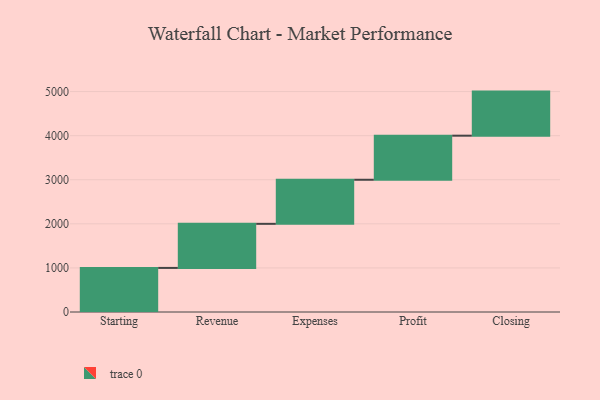
{"axis": {"x": "Step", "y": "Value"}, "legend": [""], "data": [{"x": "Starting", "y": 1000, "type": ""}, {"x": "Revenue", "y": 1000, "type": ""}, {"x": "Expenses", "y": 1000, "type": ""}, {"x": "Profit", "y": 1000, "type": ""}, {"x": "Closing", "y": 1000, "type": ""}]}